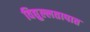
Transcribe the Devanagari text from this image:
विद्युल्लतापात